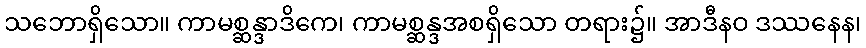
သဘောရှိသော။ ကာမစ္ဆန္ဒာဒိကေ၊ ကာမစ္ဆန္ဒအစရှိသော တရား၌။ အာဒီနဝ ဒဿနေန၊